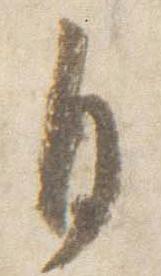
自